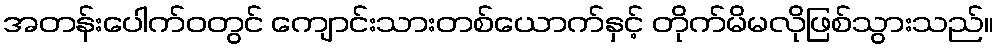
အတန်းပေါက်ဝတွင် ကျောင်းသားတစ်ယောက်နှင့် တိုက်မိမလိုဖြစ်သွားသည်။